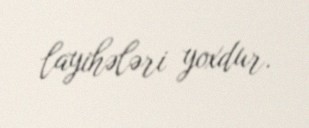
layihələri yoxdur.